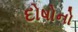
દોષોનો